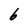
Character: 6